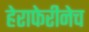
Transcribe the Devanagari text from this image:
हेराफेरीनेच